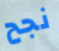
نجح